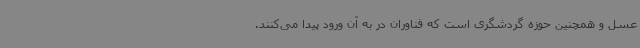
عسل و همچنین حوزه گردشگری است که فناوران در به آن ورود پیدا می‌کنند.